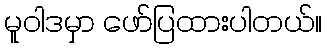
မူဝါဒမှာ ဖော်ပြထားပါတယ်။